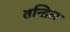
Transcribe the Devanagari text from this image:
तन्द्रिल